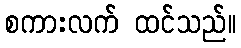
စကားလက် ထင်သည်။